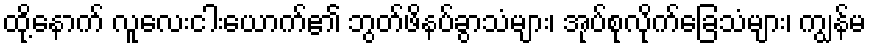
ထို့နောက် လူလေးငါးယောက်၏ ဘွတ်ဖိနပ်ခွာသံများ၊ အုပ်စုလိုက်ခြေသံများ၊ ကျွန်မ